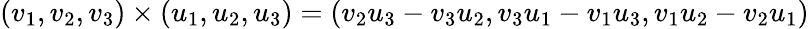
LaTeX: (v_{1},v_{2},v_{3})\times(u_{1},u_{2},u_{3})=(v_{2}u_{3}-v_{3}u_{2},v_{3}u_{1}-v_{1}u_{3},v_{1}u_{2}-v_{2}u_{1})